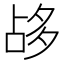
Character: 𡖡